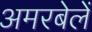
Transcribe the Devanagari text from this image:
अमरबेलें